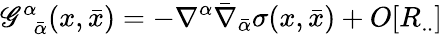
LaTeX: \mathscr{G}_{\; \; {\bar{{\alpha}}}}^{\alpha}(x,{\bar{{x}}})=-\nabla^{\alpha}{\bar{{\nabla}}}_{\bar{{\alpha}}}\sigma(x,{\bar{{x}}})+O[R_{..}]